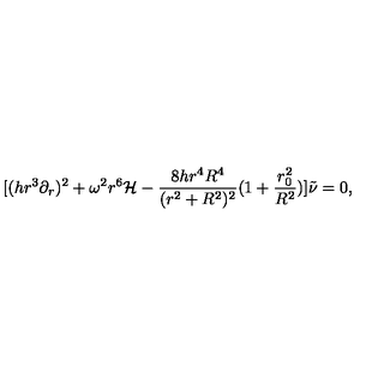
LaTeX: [ ( h r ^ { 3 } \partial _ { r } ) ^ { 2 } + \omega ^ { 2 } r ^ { 6 } { \mathcal H } - \frac { 8 h r ^ { 4 } R ^ { 4 } } { ( r ^ { 2 } + R ^ { 2 } ) ^ { 2 } } ( 1 + \frac { r _ { 0 } ^ { 2 } } { R ^ { 2 } } ) ] \tilde { \nu } = 0 ,